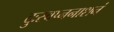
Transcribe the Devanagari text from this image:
दुःस्वप्ननाशनं